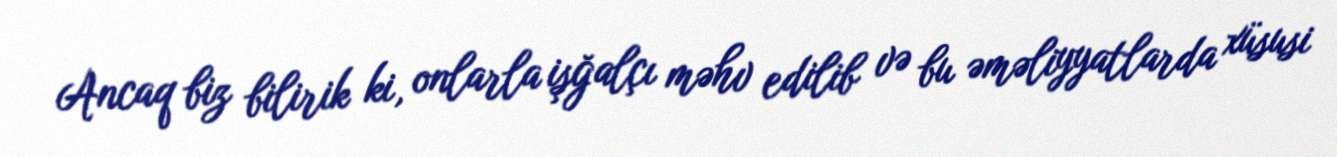
Ancaq biz bilirik ki, onlarla işğalçı məhv edilib və bu əməliyyatlarda xüsusi